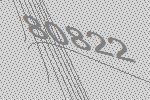
80822